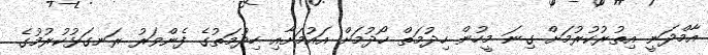
އާމްދަނީ އިތުރުކުރުމަށް ގިނަ މީހުން ހިދުމަތް ހޯދުމަށް އައުމަށާއި ހިދުމަތުގެ ފެންވަރު ރަނގަޅުކުރުމުގެ